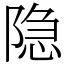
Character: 隐